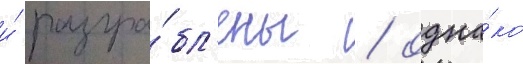
и́ разгра́бл'ены / одна́ко